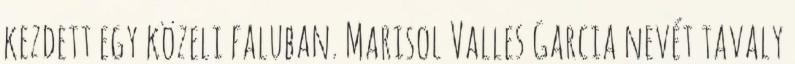
kezdett egy közeli faluban. Marisol Valles Garcia nevét tavaly